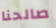
صالحنا